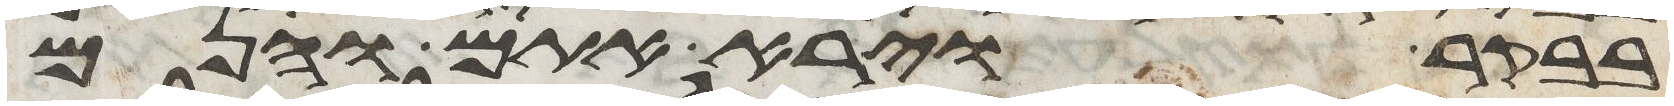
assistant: בבקר וירא אתם והנם